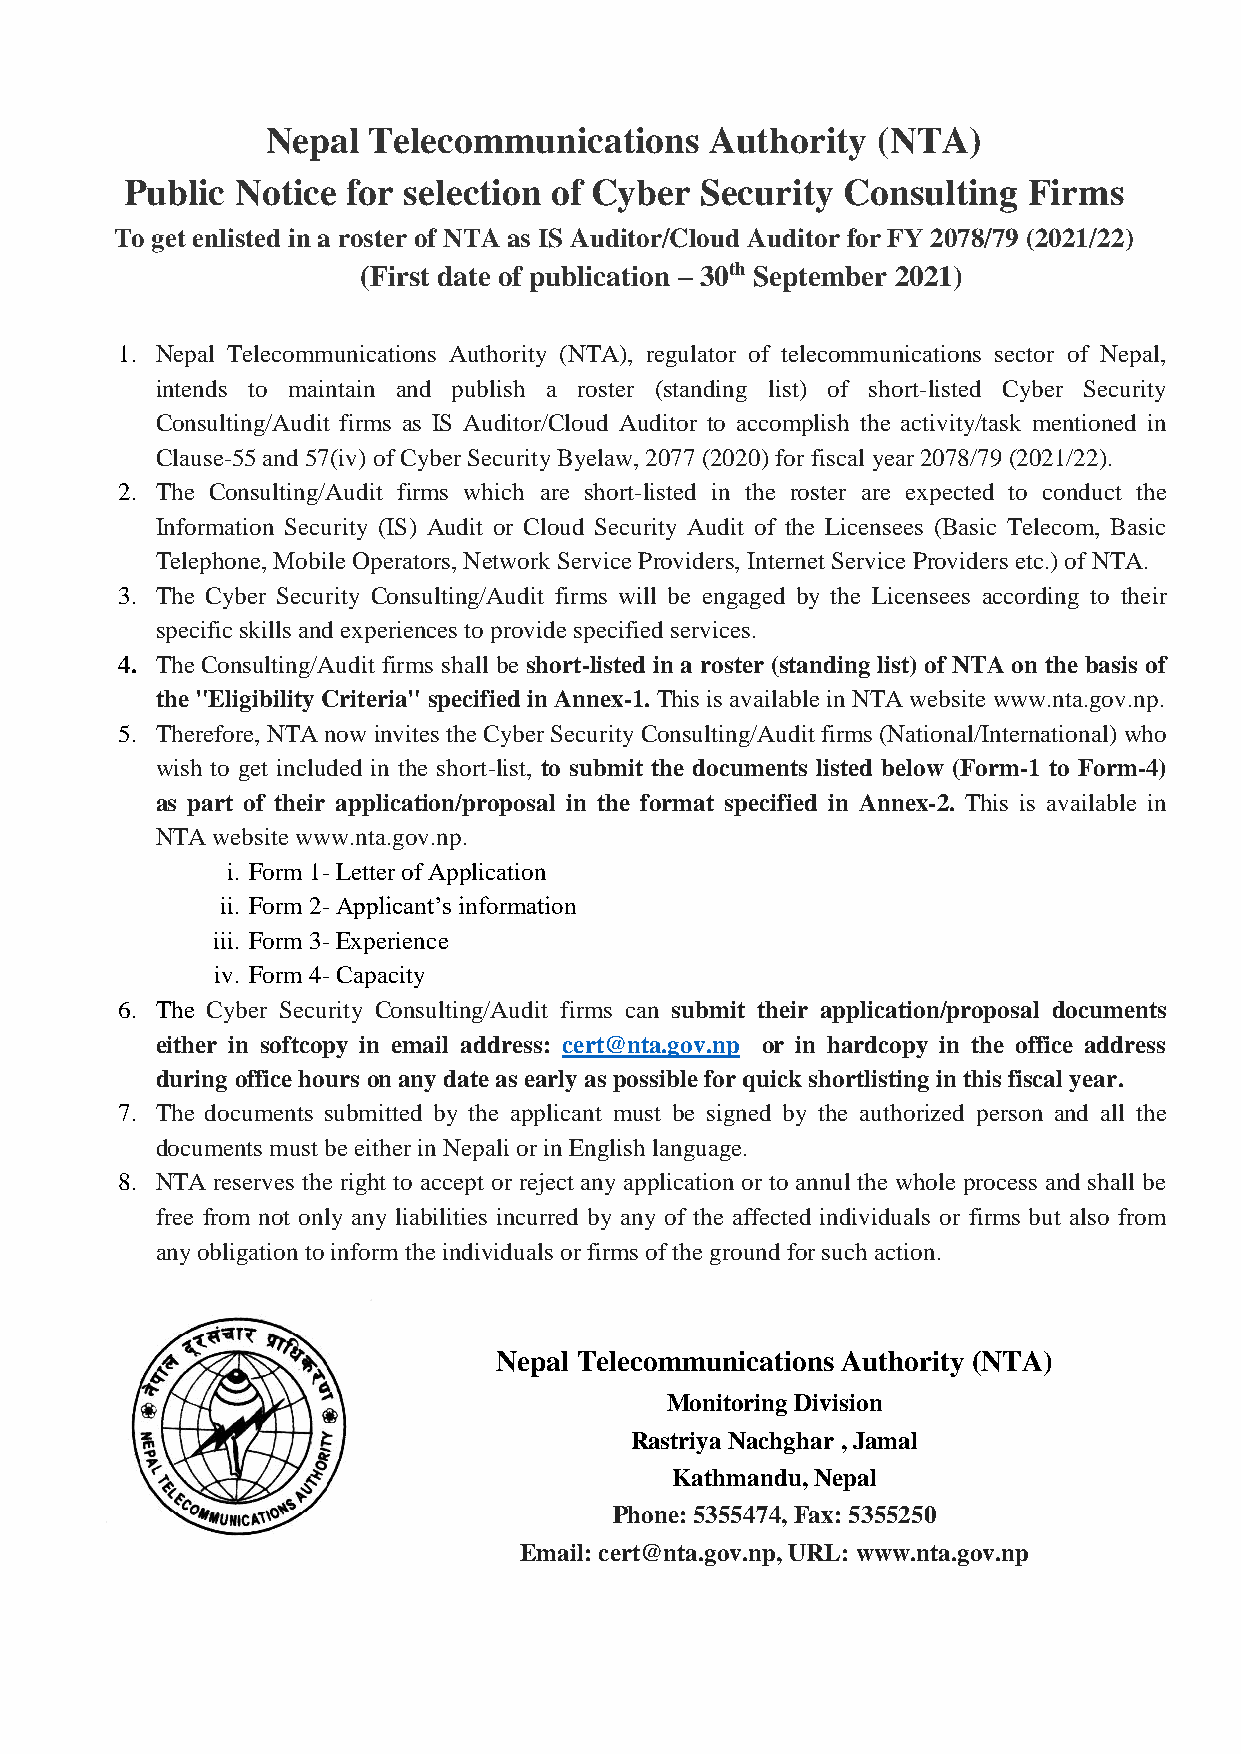
Nepal Telecommunications     Authority  (NTA)
 Public  Notice for selection of Cyber Security  Consulting  Firms
 To get enlisted in a roster of NTA as IS Auditor/Cloud Auditor for FY 2078/79 (2021/22)
 (First date of publication – 30th September 2021)
 1. Nepal Telecommunications Authority (NTA), regulator of telecommunications sector of Nepal,
 intends to maintain and publish a roster (standing list) of short-listed Cyber Security
 Consulting/Audit firms as IS Auditor/Cloud Auditor to accomplish the activity/task mentioned in
 Clause-55 and 57(iv) of Cyber Security Byelaw, 2077 (2020) for fiscal year 2078/79 (2021/22).
 2. The Consulting/Audit firms which are short-listed in the roster are expected to conduct the
 Information Security (IS) Audit or Cloud Security Audit of the Licensees (Basic Telecom, Basic
 Telephone, Mobile Operators, Network Service Providers, Internet Service Providers etc.) of NTA.
 3. The Cyber Security Consulting/Audit firms will be engaged by the Licensees according to their
 specific skills and experiences to provide specified services.
 4. The Consulting/Audit firms shall be short-listed in a roster (standing list) of NTA on the basis of
 the "Eligibility Criteria" specified in Annex-1. This is available in NTA website www.nta.gov.np.
 5. Therefore, NTA now invites the Cyber Security Consulting/Audit firms (National/International) who
 wish to get included in the short-list, to submit the documents listed below (Form-1 to Form-4)
 as part of their application/proposal in the format specified in Annex-2. This is available in
 NTA website www.nta.gov.np.
 i. Form 1- Letter of Application
 ii. Form 2- Applicant’s information
 iii. Form 3- Experience
 iv. Form 4- Capacity
 6. The Cyber Security Consulting/Audit firms can submit their application/proposal documents
 either in softcopy in email address: cert@nta.gov.np or in hardcopy in the office address
 during office hours on any date as early as possible for quick shortlisting in this fiscal year.
 7. The documents submitted by the applicant must be signed by the authorized person and all the
 documents must be either in Nepali or in English language.
 8. NTA reserves the right to accept or reject any application or to annul the whole process and shall be
 free from not only any liabilities incurred by any of the affected individuals or firms but also from
 any obligation to inform the individuals or firms of the ground for such action.
 Nepal Telecommunications Authority (NTA)
 Monitoring Division
 Rastriya Nachghar , Jamal
 Kathmandu, Nepal
 Phone: 5355474, Fax: 5355250
 Email: cert@nta.gov.np, URL: www.nta.gov.np